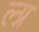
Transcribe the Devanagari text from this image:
ल्ग्न